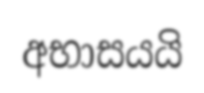
අභාසයයි